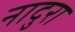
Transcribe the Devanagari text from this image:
नादुरा